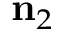
\mathbf { n } _ { 2 }